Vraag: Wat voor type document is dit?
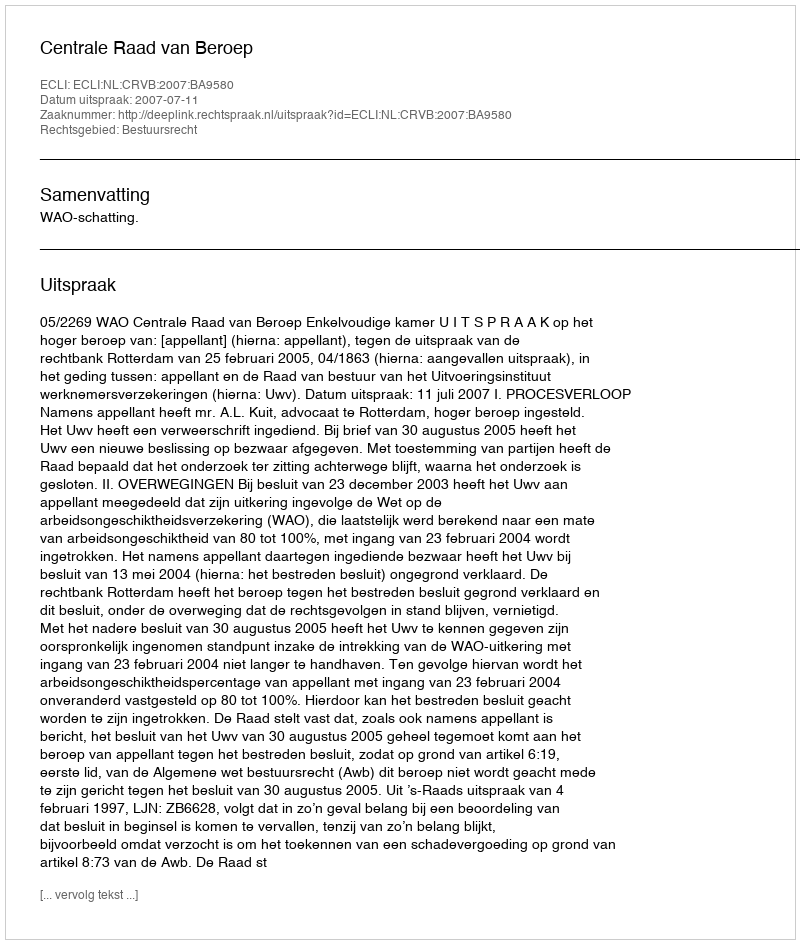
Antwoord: Uitspraak